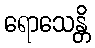
ရောသေန္တိ